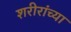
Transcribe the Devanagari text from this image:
शरीरांच्या